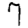
Digit: 7